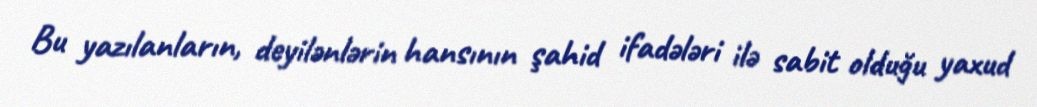
Bu yazılanların, deyilənlərin hansının şahid ifadələri ilə sabit olduğu yaxud